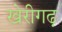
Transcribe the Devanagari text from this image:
खेरीगढ़